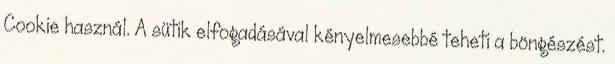
Cookie használ. A sütik elfogadásával kényelmesebbé teheti a böngészést.